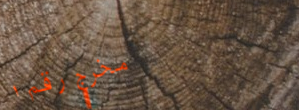
مخرج رقم ١